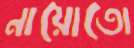
নায়োতো